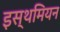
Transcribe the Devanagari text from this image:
इस्थमियन